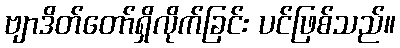
ဗျာဒိတ်တော်ရှိလိုက်ခြင်း ပင်ဖြစ်သည်။